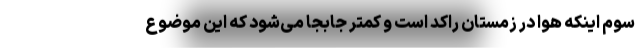
سوم اینکه هوا در زمستان راکد است و کمتر جابجا می‌شود که این موضوع